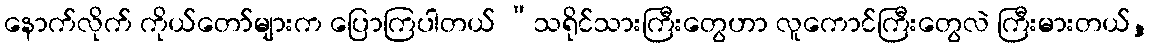
နောက်လိုက် ကိုယ်တော်များက ပြောကြပါတယ် “သရိုင်သားကြီးတွေဟာ လူကောင်ကြီးတွေလဲ ကြီးမားတယ်,